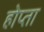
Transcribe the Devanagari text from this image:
होप्ता